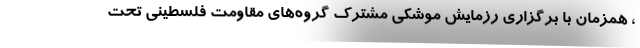
، همزمان با برگزاری رزمایش موشکی مشترک گروه‌های مقاومت فلسطینی تحت